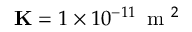
\mathbf { K } = 1 \times 1 0 ^ { - 1 1 } \, \mathrm { ~ m ~ } ^ { 2 }